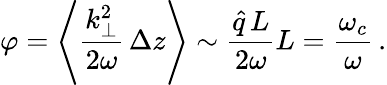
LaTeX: \varphi=\Bigg\langle\frac{k_{\perp}^{2}}{2\omega}\, \Delta z\Bigg\rangle\sim\frac{\hat{q}\, L}{2\omega}L=\frac{\omega_{c}}{\omega}\, .